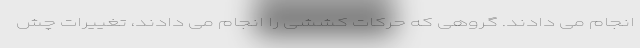
انجام می دادند. گروهی که حرکات کششی را انجام می دادند، تغییرات چش